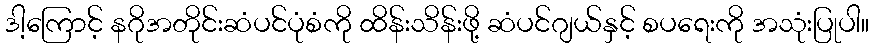
ဒါ့ကြောင့် နဂိုအတိုင်းဆံပင်ပုံစံကို ထိန်းသိန်းဖို့ ဆံပင်ဂျယ်နှင့် စပရေးကို အသုံးပြုပါ။